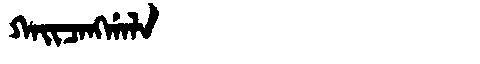
Manchu: ᡴᠠᡳᠴᠠᠩᡤᠠᠯᠠ
Romanization: KAICANGGALA